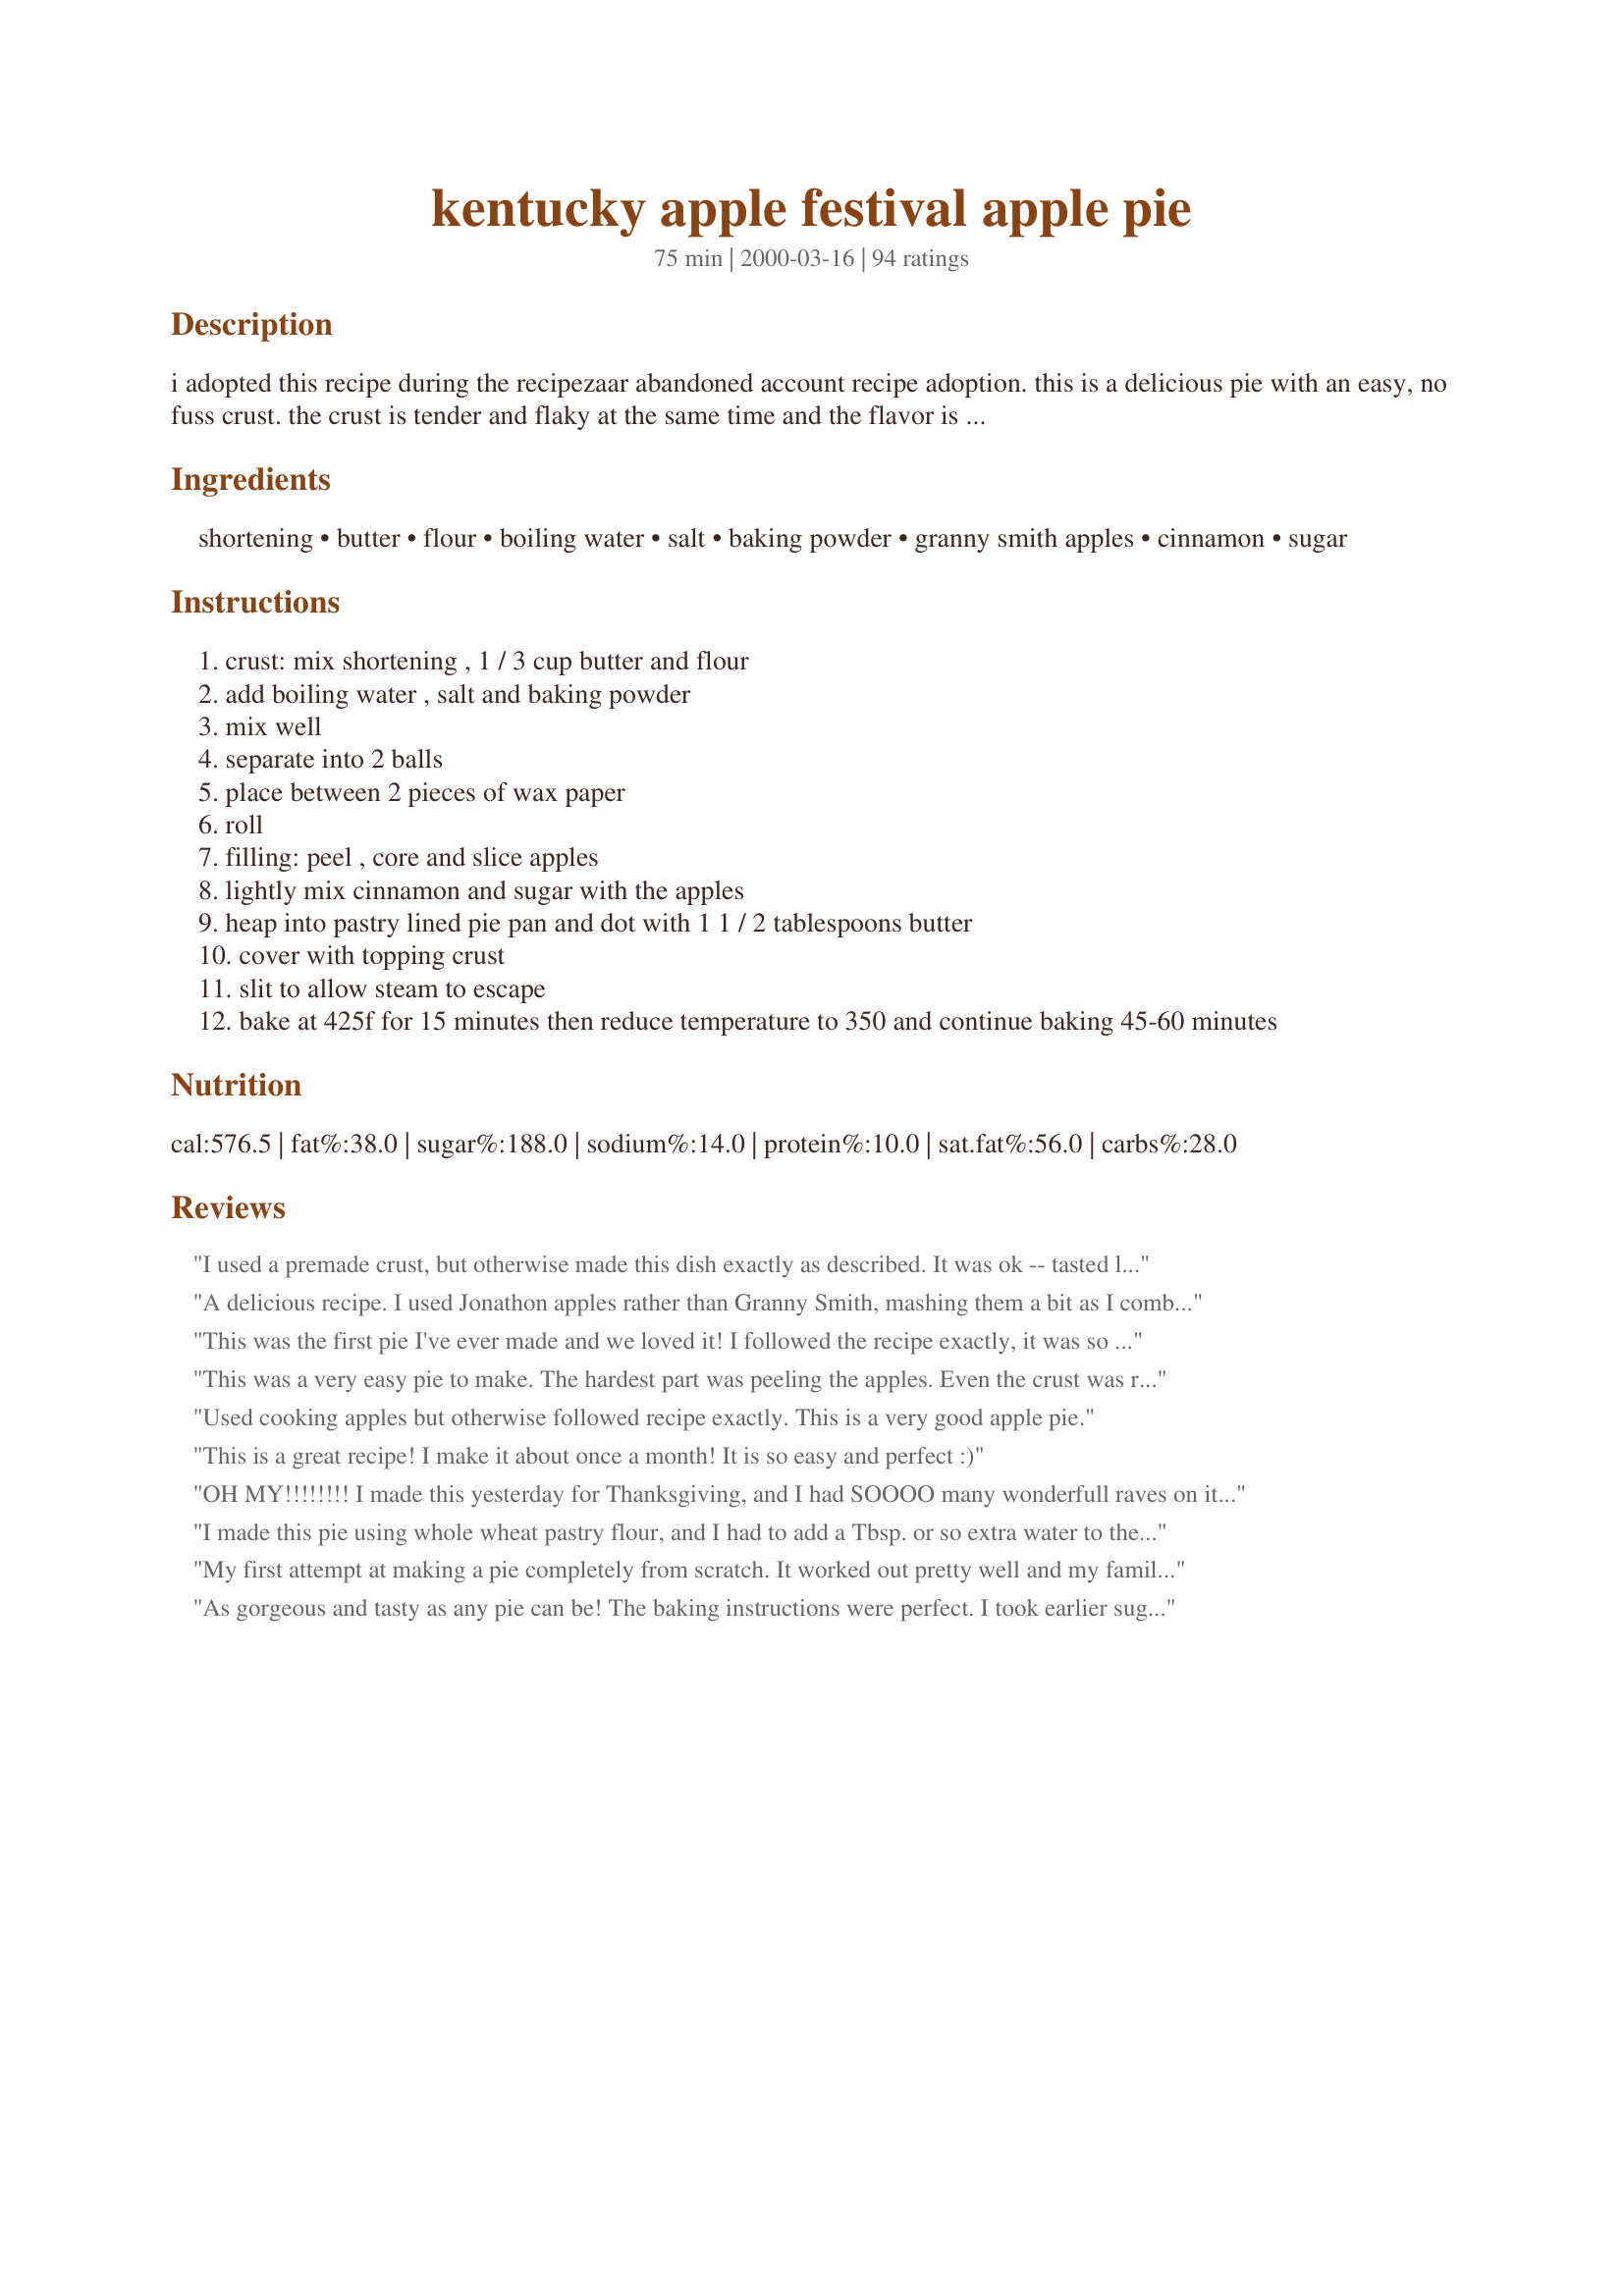
kentucky apple festival apple pie
Preparation time: 75 minutes

i adopted this recipe during the recipezaar abandoned account recipe adoption. this is a delicious pie with an easy, no fuss crust. the crust is tender and flaky at the same time and the flavor is just the perfect amount of sweetness! try it and you'll see why it is a festival winning apple pie! 10/12/04, edited: cooking time/temperature

Ingredients:
shortening, butter, flour, boiling water, salt, baking powder, granny smith apples, cinnamon, sugar

Steps:
crust: mix shortening , 1 / 3 cup butter and flour
add boiling water , salt and baking powder
mix well
separate into 2 balls
place between 2 pieces of wax paper
roll
filling: peel , core and slice apples
lightly mix cinnamon and sugar with the apples
heap into pastry lined pie pan and dot with 1 1 / 2 tablespoons butter
cover with topping crust
slit to allow steam to escape
bake at 425f for 15 minutes then reduce temperature to 350 and continue baking 45-60 minutes

Reviews:
I used a premade crust, but otherwise made this dish exactly as described. It was ok -- tasted like classic apple pie, no more, no less. There was far too much filling -- I was able to fill two pie pans!
A delicious recipe. I used Jonathon apples rather than Granny Smith, mashing them a bit as I combined the other ingredients for the filling. I was able to achieve a sweet, perfectly textured result. I also omitted the step of dotting butter with no perceptible loss in taste or texture. I reduced the heat as per the comments in the reviews, but as the pie continued to bake I was able to return to the original instructions without burning the crust. Often, crusts that are beaten too vigorously will tend to crispen more rapidly. A stellar recipe in simplicity and result.
This was the first pie I've ever made and we loved it! I followed the recipe exactly, it was so easy to make I know I'll be making it again.
This was a very easy pie to make. The hardest part was peeling the apples. Even the crust was really easy. And it came out perfect. Thanks!
Used cooking apples but otherwise followed recipe exactly. This is a very good apple pie.
This is a great recipe! I make it about once a month! It is so easy and perfect :)
OH MY!!!!!!!! I made this yesterday for Thanksgiving, and I had SOOOO many wonderfull raves on it. I am in the process of making 2 more for some family members to take backe to Ohio with them. Thank you for posting this. I never thought I would be able to make a crust this wonderfull. Thank you thank you thank you!!!
I made this pie using whole wheat pastry flour, and I had to add a Tbsp. or so extra water to the pie crust to make it easier to roll out. (it got all crumbly, but whole wheat IS dryer than AP flour) I also thought that it was better the next day, probably because the crust softened a bit. It was definately good pie! Will make it again, maybe with unbleached white flour :) I also used "raw" sugar (turbinado) in the filling, and apple pie spice. Yum!
My first attempt at making a pie completely from scratch. It worked out pretty well and my family enjoyed it over the 4th of July. The crust was relatively easy to work with but flavor-wise seemed to be missing something for us. I ended up using 1/3 cup butter because I wasn't sure which would work better (the 1/3 cup listed in the ingredients or the 1/2 cup listed in the directions). I added 2 tbsp flour to the filling to thicken it, and reduced the sugar to 1/2 cup because I wasn't using all Granny Smiths. As others suggested, I brushed some milk over the top crust and sprinkled it with cinnamon-sugar (that was a great addition!). Baked at 400 for 15 minutes and then at 350 for 45 minutes. I'd make this pie again and hope that with practice, my technique for making pretty crust edges improves. Thanks for posting!
As gorgeous and tasty as any pie can be! The baking instructions were perfect. I took earlier suggestions and added 2 Tbs. flour and 1/8 tsp. of nutmeg to the filling. I also brushed milk on the top crust and sprinkled it with cinnamon sugar before baking. I never used granny smiths in baking before, but since they stay firm and they're not too sweet I'll always use granny smith from now on. Thanks, KC_Cooker!
Loved it! someone gave us granny smiths and didn't know what to do with it. I found this recipe and used the apples. It was great! I would try to use golden delicious next time to add more sweetness to it. Thanks!
This pie crust is so easy to handle, no tearing or sticking, and it was just as tender & flaky as claimed. What a pleasant surprise! For new cooks, Granny Smith apples are a favorite for many pie bakers. They can be tempramental, however. I've found that the large Grannys usually have the best flavor for pies, and I use 3 of them. They usually need to be very thinly sliced because often they will not cook down well. That's disappointing unless you like crunchy apples in your pie!! Sometimes the smaller Grannys can be bitter, too. You need to sample them before using. I have come to prefer golden delicious, because they tend to produce a more consistently tender apple pie and they are good in pie even if not a favorite eating apple! With goldens you may want to add 1/4 tsp salt to the filling to give it a richer or deeper flavor. Also I cover the edges of the pie w/foil and bake at 350 for an hour, take off the foil and bake 5 more min. This pie is much more pleasant to make than most apple pies, and it is really good. Thanks!
This recipe turned out great!
 I did, however, substitute spelt flour for all of the flour and would not recommend that anyone else do the same.
 The crust was VERY easy to roll! I even used the same crust recipe to make cinnamon rolls (roll it thin, butter, sprinkle cinnamon and sugar, roll, slit, bake)and know that it would have been better with at least half wheat flour.
 I will use this crust recipe again and again...with wheat flour!
YUMMY!! Making this for the second time this week! Easy pie curst turned out perfect!!!
This was a awsome pie and is awsome. Excellant pie. wow.This pie is even better then the store or restaurants.But I did something different. I bought 7 different kind of apples and wow it was great. Each bite is an explosive taste. I used real butter. Don't look for any other pie recipe. You'll be amazed.
I don't make the crust and use a store bought one, but the filling is perfect. The family has raved about this pie and I've made it 4 times in the last 2 months. Excellent!
I used my own crust recipe but followed the rest exactly. The cooking time and temps were great, but when the pie cooled and I cut into it, everything was watery. There was no substance to it and we had to eat it out of the pan with spoons. Thanks anyway, but I'll keep looking.
Delicious pie recipe. My ds and I had fun making this pie. The directions were excellent and easy for both of us to follow together, however I followed one of the other reviewers suggestions of lowering the oven temp. to 350 after 15 minutes--cooking the pie for a total of 60 minutes.
Just the apple pie I was looking for! I did make my own crust (have a tried and true recipe I love) but the filling was excellent. I used a wide variety of apples in the pie ... excellent!!!
What an awesome recipe. This was my first from scratch all homemade pie. Oh it was wonderful. The apples turned out just right in the inside and there was not the huge air pockets in the crust. I do have to work on my outside crust presentation. This will be my staple pie recipe from now on.
This is really, really good; served it at Thanksgiving where it disappeared almost immediately! When the oven is in demand, I sometimes precook the filling (just a bit) with no problems. Thanks!
A brilliant apple pie. I used Bramley cooking apples instead of the Granny Smith and as they were very big I used only five. I wasn't sure what size pie tin to use, so I lined, filled and covered a 8 inch one and still had enough apples and pastry left to make a mini pie. I was a little confused as it states 1/3 cup butter in the ingredient list and the 1/2 cup butter in the instructions, so I went with 1/2 cup which made a lovely rich pastry. When there were fifteen minutes left to bake I topped the crust with a few knobs of butter and sprinkled somefine caster sugar on top. Yummy.
A great recipe. I loved how easy the crust was, and how tasty.
My first 2-crust apple pie and it was delicious! I added a little cinnamon and sugar to the crust after baking it and all I can say is YUMMY!
This was the perfect simple apple pie! My fiance and I loved it! I added some cinnamon to the top of the pie crust before baking. I followed the temps suggested of 425 for 15 minutes and then only 45 minutes on 350 and it turned out perfectly. The only thing I noticed was the crust seemed a little dry when rolling it out. The next pie of made, I just added a bit more of water (1/2 cup total) to the crust recipe and it helped drastically. I liked the pie crust so much that I used it when I made a homemade pumpkin pie for Thanksgiving. Thanks for posting! :)
Beautiful pie. I added 2 TBS of tapioca instead of flour, to thicken. Works great
I've never been able to make pies; that said DH has been requesting one for some time, specially since we have such an abundance in our FIVE trees. Decided to try this one and glad I did, the taste is wonderful, tart and still plenty sweet. I used a combo of Granny Smith and pippin apples and it was just what we were looking for. I was thrilled that the crust didn't turn out soggy and there's apples remained crisp. I still have trouble making my crust look descent but guess that's going to take a LOT of practice and more skill than I currently have. Thanks KC we really enjoyed this.
This is the BEST apple pie recipe. I always have trouble with crusts but not with this one. The crust recipe I will use for all crusts. I used about 1/2 cup of Splenda instead of sugar and added golden raisins and it was fabulous!! I also put foil around the crust edges for the first 15 minutes on the high temp, then removed them for the remaining baking time and it came out exceptional! Thanks for the wonderful recipe!!
Hei, this was the best apple pie ever. The dough was so easy to use.
I used finnish more sweet apples so I used only 1/3 cup sugar. And my apples was freezed slices so I also added 2 teespoon four in the filling.
Thank you so much for this recipe!
I had never made an apple pie before and this was absolutely to die for! I won't say it was pretty but oh my... the taste was spot on and it was so, so easy! Thanks for this one!
delightful! This was my first pie to make and it was so much easier than I had always imagined! The taste was amazing, despite my rookie mistakes. I found out afterwards that it's best with pastry to handle as little as possible, so you can imagine that my crust was a bit on the brittle side, but still, great flavor and next time I'm sure it'll be great if I handle it less. I used 1/2 cup less sugar in the filling and it still tasted great. This was very rewarding to make, and 100...x better than store bought pies! Thanks, this is a new favorite of mine!
I have never made a pie before and was determined to tackle one. I looked at other recipes and they were extremely complicated then I came across this one. Since it was so simple I thought it would turn out not as good, but my boyfriend and I fell in love instantly; it quickly became an instant hit at my dinner too! I think i added a little more cinammon and a little bit of ground cloves- it was perfect, i loved the crust! Thanks so much!
This was my very first time making a pie. I really love apple pies and was amazed that I could make a tastey one. The recipe was very simple and very delicious. I didn't need to add anything else, as recommended by others. Using wax paper was a good idea to roll the doe out and transferring to the pie plate. My family ate it up in just a couple of hours. I would definately make this again.
I love the old fashioned taste of this pie. I'm definately going to mark down this recipe!!
Excellent Apple Pie Recipe! This was only my second or third pie ever made and for me it was very easy to make and I had great results! The Crust was very good. I used 1/2 Granny & 1/2 Golden Delicious and adjusted the temp to 350 for the whole time. Thanks for sharing!! =)
This is a good pie! Although (as usual) i tampered with the ingredients! I used all butter as i had no shortening and no time to get to the shops, and used half pear half apple. Baked at 180C for 1 hr. Thanks!
My husband said this was the best apple pie he's ever tasted! i cheated and used pilsbury pie crust as i was short on time. 
for the filling i added an extra T. of cinnamon (2 total), and for the sugar i used 1/2 C. white and 1/4 C. brown. then I did an egg wash on the crust. beautiful, VERY tasty, and not too sweet pie! will be making again, thanks!
Great apple pie! this was my first attempt at making a homemade apple pie and it came out great! the only thing i would change next time, is that i will add just a little more sugar and instead of baking at 425 for 15minutes, i would just bake at 350 for the whole time.
I have not made it yet, but I've requested it from my sister several times.
She made one of these yesterday afternoon and it was gone in about 24 hours and we only have 4 people here!
She adds one sweet apple to replace a granny smith and extra cinnamon in the apples and crust. Today and yesterday she added a splash of eggnog to it and it didn't really give any flavor, but it did make it a little...different. I'm not sure if it was softer, sweeter, or what. But it was goood!
We had extra dough today and there was juice from the apples so I made little pancakes from the leftover crust and cooked them in the apple juice/sugar/cinnamon mixture and they were good too! it was a good way to use up the extra dough.

Really great recipe, thanks so much for posting, now I'm gong to go and get some more pie.
Excellent Pie! Used Gala Apples for ours but everything else was the same. Might try adding another apple or two next time to create a bit more fillng but otherwise it was everything an apple pie should be! Thanks KC_Cooker!
Wow, this has a great easy crust. It made a really nice high apple pie. I used the seven apples called for and my crust was about 3 inches above my pan. Perfect! It looked great when taken out of the oven. I served this with vanilla ice cream. Thanks so much for this great pie!
Great recipe overall. I used golden delicious apples and also added some vanilla, nutmeg and a little flour to the filling. I love the crust recipe. Loved it the next day as well.
This pie was absolutely amazing! I bake frequently; however, I have yet to make an apple pie and this one did not fail. It was a complete hit at the Christmas dinner I went to and was all gobbled up. I was even asked to make it for an upcoming occasion. I followed other reviews and let it bake at 350 degrees for an hour. I also used 4 granny smith and 3 golden delicious apples. This pie is great alone, but is even better served warm with vanilla bean ice cream, yum! The crust is amazing, and I followed the ingredients by using 1/3 c. butter (not 1/2 c. as stated in the directions). Thanks for a recipe I will make for years to come <3!
Not enough seasoning/sugar. Quite tart with grannys.
I made this for Thxgiving and it got rave reviews. It was really easy and has a simple, delicate taste. Even my sister, who is a professional chef, said this recipe is better than the apple pie recipe she uses! Thumbs up!
This pie turned out great. I used extra cinnamon 1/4 tsp, 1/2 cup apple juce with two TBS flour and next time I will add a tsp of corn starch. For sugar I like to use three. I used 1/4 cup of each: corn syrup, white and brown sugar. I liked the butter and shortning idea. I cook at 3600 feet. I used Yellow Delicious. I find them superior to anything else. I cooked the pie at 350 for one hour and the crust was just right. I have a convection oven.
My first apple pie ever, and my first time making a crust from scratch....everything was PERFECT! I used the 1/3 cup butter for the pastry and it was fine. I also added about 2tbs. of flour, just to thicken the sauce a bit. I served the pie today, warm, for thanksgiving and it was a huge hit. I honestly have never had apple pie this good! The filling was rich and wonderful, and the pastry was flaky and buttery. Most importantly....it wasn't difficult for a first-timer! Thanks so much for sharing!
This was a pretty "Incredulous" tasting pie. You might want to try it with some lemon zest and a light egg wash and sprinkel of sugar. I also added two table spoons roses lime juice. Scrumptious!
My first pie ever and I've been making this for a year now. Awesome pie and the crust is the best part. I use Jonathan apples because we do not have Granny Smiths here so I reduced the sugar to 1/2 cup. I also brush eggwash on top and sprinkle 1 tbsp of flour to thicken the apple. Incredibly easy to make even for a beginner like me. Thanks so much for sharing!
This is a no fail pie crust recipe FOR SURE! I have made crusts several ways but this has been the easiest. I even used a little too much butter and had to add a lot of extra flour. The crust rolled out beautifully and was easy to pick up and move around. It cooked up light and flaky. Next time I will add a little bit of sugar to the crust just cuz I like it that way. The filling needed some jazz so I used a combo of granny smith and golden delicious apples and used 1 TBS of Pampered Chef Cinnamon Plus spice blend. I also added 1 TBS flour to thicken it up. I was able to omit the butter only becuase I had used too much in the crust. What turned out was a beautifully perfect apple pie!!! Thank you so much for posting. I even made a pie for my neighbor just to show it off! : ^D
love this apple pie recipe I have used it many times and my kids love it. As I refuse to buy store made baked goods this is number 1 recipe very easy to make and good for our health.
This was an average pie. I really liked the idea of using wax paper for rolling and transferring the pastry - it worked perfectly! The pastry tasted good, as did the filling, although it was nothing outstanding. I did add 1 tbsp flour to the filling but it was still runny and the bottom layer of the pastry was soggy. I think the filling could be tastier and wonder if brown sugar instead of white would make a difference? Perhaps more cinnamon and nutmeg (I used freshly grated nutmeg) as well? As other reviewers suggested, I brushed the top pastry with beaten egg and sprinkled cinnamon and sugar over top. I think this made for a nice top. I baked, covered in foil, at 350 degrees for 45 minutes, the uncovered at the same temperature for another 30 minutes. I might make this again, but will try some changes to make it better.
This is the best apple pie I have ever made (and I have been baking apple pies for 25 years!). The crust is outstanding, absolutely delicious when made with real butter. Only change I made is that I used golden delicious apples, which I had, instead of the granny smith. Highly recommended.
I am just rating the crust and it was worth the five stars alone! I had never made a pie crust using boiling water (but have a cobbler recipe that does and love it)so I decided to give this a try. It came together in my food processor so quickly and in a neat ball. I chilled slightly before rolling out in large Ziplock bag. I used this for another apple pie recipe that I had already started making when I saw this recipe. Thanks KC Cooker for this wonderful crust recipe.

Roxygirl

This was my first attempt at making a pie from scratch and it turned out very well! The crust is flaky and had great flavor. My house smelled wonderful that entire afternoon and my family polished the pie of in minutes. Thanks!
This was amazing! <br/><br/>Seven apples seemed excessive to me, so I used 4 Fuji apples, which was more than enough, but I didn't adjust the sugar so it came out a little sweet. Based on the other comments about temp, I baked mine at 410 for the first 15 and 350 for the remaining 40, and my crust came out perfect. Boyfriend's assessment was that it's good enough to be sold for at least $18-20, high praise coming from a picky eater like him!
I also added a bit of cloves and nutmeg to the apple mixture, just because I like those spices, and it tasted great. I also brushed egg over the top of the crust before I cooked it to give it an old-fashioned dark and shiny look. Tasted very yummy, especially with vanilla ice cream.
This pie is awesome! My first apple pie, and will be making it again and again. The crust is delicious and so easy to make. I found that my top crust puffed up higher than my apples, so when the recipe says to heap your apples in there, heap 'em high! Mine also ended up with a lot of juice inside, so I simply drained some of it after slicing the first piece since we weren't serving it right away and I was afraid the rest of it would get soggy. DELICIOUS!
After making many creative apple pies my husband asked if I could make an old fashioned basic apple pie. This was the delicious recipe I used. The apples came out crisp and the pie was delicious. I did reduce the amount of sugar as I mixed pears and apples into the pie since both fruits were falling off the tree. The crust came out well and was easy to make. Highly recommend.
I just made this pie and it is very delicious. First Apple pie I have made with a homemade crust that is flaky and perfect! I used 7 apples and i think it was too much, as the filling overspilled in the oven. Regardless, the flavor of this pie and the crust are just superb.
The crust was delicious- light and flaky. And, combined with the apples- what a wonderful pie! Definitely one recipe I will reuse!
really outstanding pie!!! it was really esasy to set, it came out perfect and it was really delicious!!!!
 thank you!
great recipe, I used four different apples for this pie,
granny smith, pink lady, gala, and cameo. I have also soaked apples in captain morgan for an sweet spiced rum apple pie, I also recomend a dash of flour.
This is a very delicious homestyle pie that goes to the top of my list along with the ice cream I served with it. Great choice KC on the recipe adoption! Even with the unintended omission of the butter on the apples it was super. I will also use less sugar next time but that is just a personal preference. The recipe is well worth it!
This was worthy of my 5 star rating system. Nothing to change, easy to make, taste the best, and people actually think I did it by myself! I do not bake, I stink at it and this turned out the best. My sugar shorts loves apple pie. I told you I cannot bake. He thought I bought the darn thing. If I can make this ANYONE can. Thanks a ton KC Cooker. I owe you one.
This pie was delicious! Will make again.
hmm i just put in a review and it didn't show up .. so here goes again... 

i have been attempting apple pies ever since we started apple picking years ago and all the recipes i try come out so/so - well i found this one and thought to give it a try based on the review.. OMG YUM! this will now be the only recipe i use! it was fabulous and was sooo easy!!!

I put foil around the edges too in the beginning as my oven cooks fast... also i forgot to dot the apples w/the butter but it stil came out awesome! the only problem i had a bit w/was when i was rolling out the dough in the wax paper it was sticking ... although i wonder if its because i used the 1/2 cup butter that is in the wording instructions but the recipe calls for 1/3 cup.. which is right? maybe it made it too moist? i used some flour and it helped it out.. i would love someone to comment which is right! 

this is definitely a winner - even my daughter wanted seconds! YUM! thanks for a great recipe!
I love this recipe. I have made it several times for friends and family and they absolutley love it!! Its not hard just give it a try. I find when making the dough I add extra flour b/c its sometimes too sticky. Other than that all is WONDERFUL!
What an awesome pie! I appreciated the easy to handle, flaky, and buttery crust. I used gala apples which turned out tender and sweet..It was just perfect^_^
Tasty and easy. The pie filling falls a little flat, but play around with more spices and you'll have a winner.
We just finished devouring this pie and it was incredible! This was my first attempt at a pie ever. I bake a ton but always thought a pie would be an undertaking. Not so. This recipe was simple and perfect! I don't like adding "extras" to stuff and I had no urge to add the nutmeg, cloves etc that others wrote about. This pie is perfect as is. I baked at 400 for 15 minutes as many reviewers said 425 gave too much color, but I would do 425 next time to see what happens. My pie crust turned out delicious but without much color to it. I then turned the oven down to 350 and baked for the remaining 45 minutes. The apple texture was perfect. We will make this recipe again and again without changing a thing!
Looking at the other reviews, I decided to take some of that advice as well. This is the first time I've baked a pie ever. It was very easy. A couple of things I will change next time:
*Crust was perfect - no change.
*I will add one or two more apples, but dice them up.
*Add a coupel table spoons of flour to the filling.
*Double the cinnamon
* Add one tespoon of ground nutmeg
*Bake it for only 40 minutes (I did it for 50 on 350 and the apples were a bit too soft for me. I need a little bit more firmness).

Either way, the pie came out great, easy to do and will be making two for Thanksgiving for my family - yeehaw!
I picked this recipe because it had Kentucky in the title, lot of great home cooking happens here. Didn&#039;t disappoint. This recipe finally gets me over the hump, because now I&#039;m no longer intimidated by the task of creating my own homemade pie crust. My 89 year old mother liked the finished product very much, as did I.
Without a doubt, one of the best apple pies I have ever made! I used a mix of granny smith's and red delicious (which aren't always the best for baking, but I had no choice) and it came out very good, with the mix of sweet and tart apple flavors. I also added a touch of vanilla and nutmeg as well as a bit of flour to make sure the juice thickened up while baking. This pie smelled so wonderful, my kids actually ate their veggies they wanted a piece of it so badly! Great recipe!
This was my first attempt at a homemade double crust apple pie and I must say it was a success! This recipe was so simple to put together and it came out tasting wonderful! I followed the recipe exactly except I forgot to put the butter in with the apples, which I imagine would have made this delicious pie taste even more wonderful! I would have taken a picture, except I need to work on making my crusts a little prettier. I'll try to salvage a piece to see if I can get a picture.
Thanks for sharing this delicious recipe!
Excellent. I have failed many attempts at making apple pie...but finally I was successful. Easy, and delicious. The crust is wonderful and came out perfect. Thanks for sharing this recipe.
I cannot believe how well this turned out for my first ever apple pie. I didn't have any wax paper so I rolled my dough on a cutting board for easy transfer into the pie dish. My neighbours and family loved it. I omitted the cinnamon completely because I don't care for it and reduced the sugar a bit since I used Red Delicious apples and it turned out fantastic. I have already made this twice and look forward to making it again, especially the crust! It is so good.
This is a yummy recipe! I added just a dash of flour to the apple mixture, to keep apple juices a little thicker. I also found the cooking temp to be a little too high. My crust was very dark brown after only about 15 minutes. I reduced the temp to about 350 and it cooked nicely.
This is very good. I'm not an apple pie person, but I wanted one for my birthday and chose to make this one. I didn't change anything and it came out perfect! It was tasty, the crust was just right and served with ice cream it made for a perfect birthday!
Good pie and easy to do. The only thing I did differently is to add some flour to the apples to thicken the filling a little. Also, I will increase the dough recipe by half to have more to work with next time.
loved this recipe... the reviews by others were helpful. I love lime, didn't have a fresh one or roses so I added about a teaspoon of lime ade concentrate. I knew by looking at this recipe I would like it so I made two!
While the inside of the pie was delicious, the way to make this crust, following these directions-simply did not work for me. It was awful. I was even told by several people to use ice water when making the dough not boiling it etc, it didn't make sense and it did not turn out and I was disappointed. While it was edible, it look mutilated...ugh
Best apple pie I have ever made. Only change was to add a couple of tablespoons of cornstarch to the apple mixture to thicken the sauce. I also brushed a good quantity of caramel sauce (ce cream topping) over the crust 1/2 way through baking.
This one outstanding pie you have on your hands KC. I made the recipe as is,it's perfect nothing to change. I used butter flavoured shortning in the crust. The crust was flakey and crispy just perfect. Thank you for making me look like a Pro infront of the Mil, lol. :)
Proof that simple is sometimes best! Ok, ok, so I&#039;m not a crust person (an aversion I have about rolling food out on my counter...), but I needed a filling and this seemed simple enough and I had all the ingredients on hand! I made the first one for Thanksgiving (using frozen crust). Must have been good, I only got one slice of apple before I put the apples in the crust; hubby only got a sliver of the pie...kids ate the rest). This time--Christmas--I&#039;m making 2 pies, so maybe hubby and I will get a piece! They are in the oven right now. I still used refrigerated crusts, but the apples taste as good as before!
The best apple pie there is! Usually pie crusts are "okay" but this pie you will want to eat every crumb! The only two things I would do differently would be to add more cinnamon and maybe brush butter on the top of the pie and sprinkle cinnamon/sugar mixture on top.
This is an excellent recipe. I have a pie crust recipe I usually make, but this one intrigued me so I tried it. I was impressed because rolling it between the wax paper eliminated all of the flour mess normally left on my counter. Also this would be a good recipe for first time pie bakers as the dough lifts up with the paper. I had Gala apples on hand so that is what I used and it turned out very good.
I made the pie over the weekend and it was very good. I made a few changes: I used store bought pie crust because I was in a rush; I used granny smith and golden delicious apples for the different flavors; I used apple pie spice instead of just the cinnamon and about 1/2 cup of sugar. It turned out delicious and very flavorful. I also baked it for an hour on 350 and did not start it out on 425 because my oven gets very hot and I was afaid the crust would get too brown. I was glad I did because the crust turned out just the right color and my husband said it looked like a picture of the perfect apple pie!!! I was pleased. Thanks for sharing this recipe.
Unbelievable!!! I made this pie for Thanksgiving and received lots of compliments. For those out there looking for a delicious apple pie recipe that is sure to please..look no further...this is it!!
I really enjoyed this recipe but I found there to be too much crust and not enough apples. I added extra apples (too much - it spilled in the oven) so I think the crust was just too thick. Other than that I think it was a fine recipe
This is the first apple pie I have ever made. It was also my 1st time making homemade crust. Overall it turned out pretty well. I followed the other posters advice and cooked it at 350 instead of 425. I also added about 1/2 tsp of nutmeg to give it some extra flavor.
I made this for the first time for our annual 4-H fair as an adult entry. This was only the second time I have ever made an apple pie, and the first time for this recipe. I took a first place! Unfortunately, it only made one pie, so I didn't get to taste it. I will be making this again real soon, so that my DH and I can enjoy, also. Thank you for the recipe
I won't review the crust as I took the lazy way out and used a Pillsbury crust that had been sitting in my freezer. The pie itself was delicious. I used Golden Delicious apples. Next time I'll probably increase the cinnamon and maybe add some lemon or lime juice as others have suggested for a hint of tartness.
This came out perfect! I used all shortening (low on butter and wanted to get it out of the house anyway lol), unbleached flour and Fructose. Crust is delicious and pie equally good!
